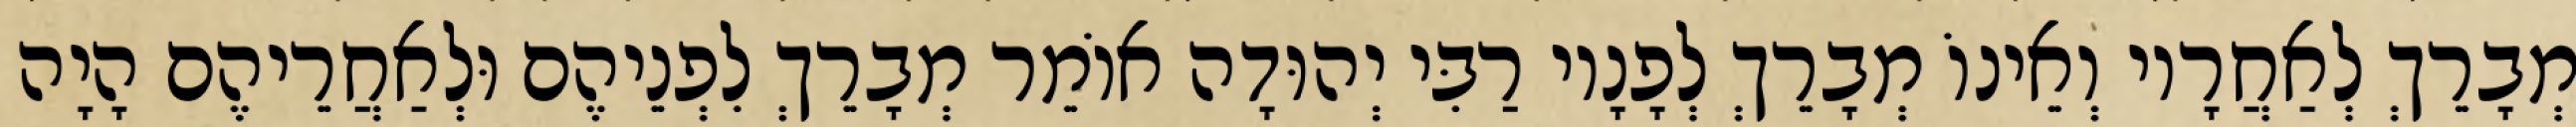
מְבָרֵךְ לְאַחֲרָיו וְאֵינוֹ מְבָרֵךְ לְפָנָיו רַבִּי יְהוּדָה אוֹמֵר מְבָרֵךְ לִפְנֵיהֶם וּלְאַחֲרֵיהֶם הָיָה